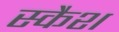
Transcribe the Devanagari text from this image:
स्कैश